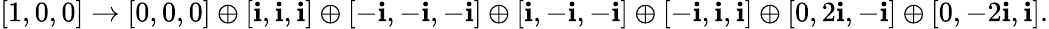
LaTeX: [1,0,0]\to[0,0,0]\oplus[\mathbf{i},\mathbf{i},\mathbf{i}]\oplus[-\mathbf{i},-\mathbf{i},-\mathbf{i}]\oplus[\mathbf{i},-\mathbf{i},-\mathbf{i}]\oplus[-\mathbf{i},\mathbf{i},\mathbf{i}]\oplus[0,2\mathbf{i},-\mathbf{i}]\oplus[0,-2\mathbf{i},\mathbf{i}].